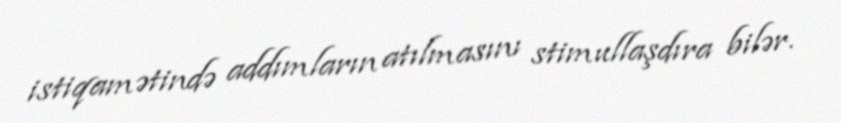
istiqamətində addımların atılmasını stimullaşdıra bilər.